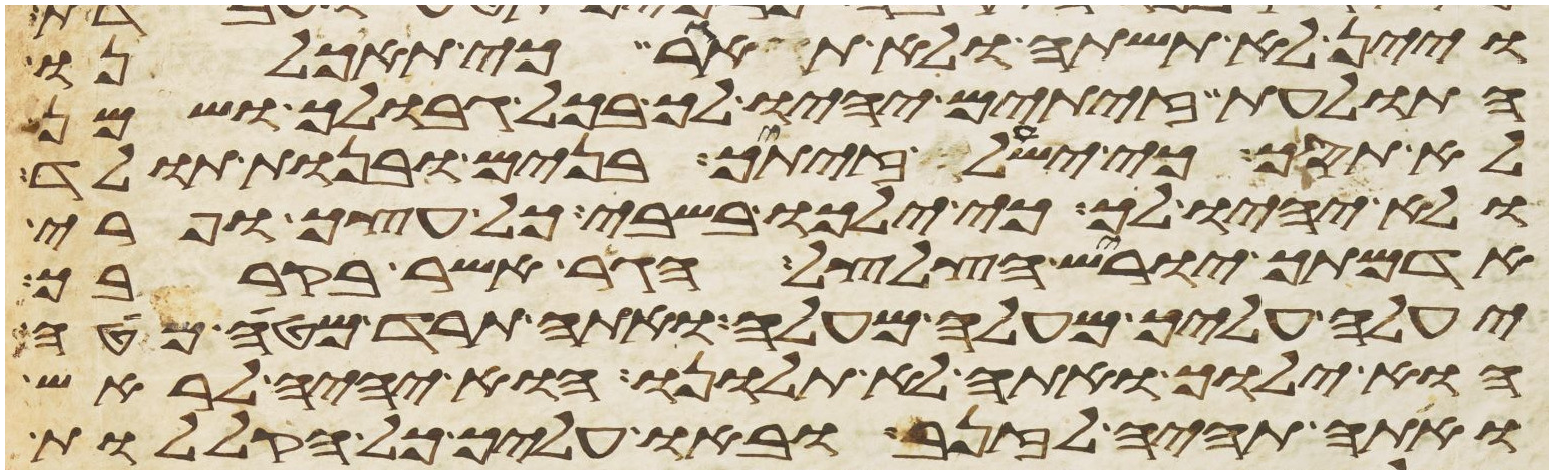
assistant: ויין לא תשתה ולא תאגר כי תאכלנו
התולעת זיתים יהיו לך בכל גבולך ושמן
לא תסך כי ישעל זיתיך בנים ובנות תוליד
ולא יהיו לך כי ילכו בשבי כל עצך ופרי
אדמתך יוריש הצלצל הגר אשר בקרבך
יעלה עליך מעלה מעלה ואתה תרד מטה מטה
הוא ילוך ואתה לא תלונו הוא יהיה לראש
ואתה תהיה לזנב ובאו עליך כל הקללות